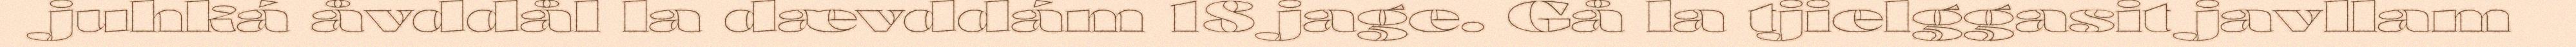
juhká åvddål la dævddám 18 jage. Gå la tjielggasit javllam